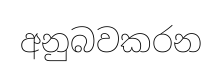
අනුබවකරන